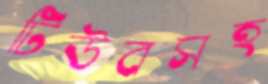
টিউবসহ